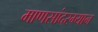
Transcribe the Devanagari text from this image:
माणसांदरम्यान